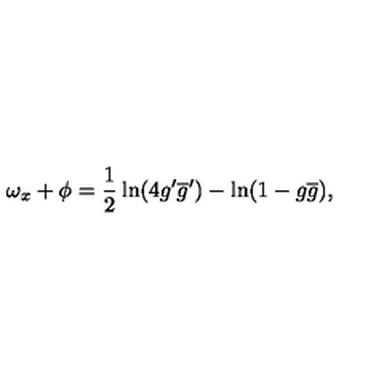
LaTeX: \omega _ { x } + \phi = \frac { 1 } { 2 } \ln ( 4 g ^ { \prime } \overline { { g } } ^ { \prime } ) - \ln ( 1 - g \overline { { g } } ) ,